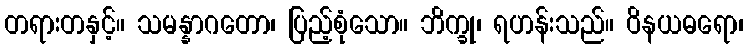
တရားတနှင့်။ သမန္နာဂတော၊ ပြည့်စုံသော။ ဘိက္ခု၊ ရဟန်းသည်။ ဝိနယဓရော၊